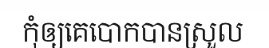
កុំឲ្យគេបោកបានស្រួល